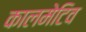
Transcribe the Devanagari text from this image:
कालमेटिव